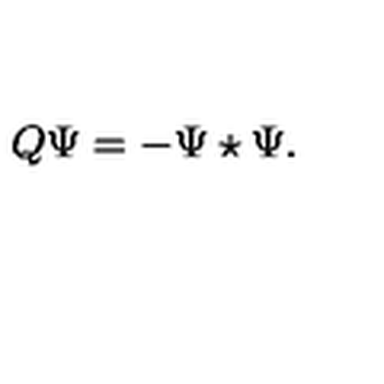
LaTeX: Q \Psi = - \Psi \star \Psi .